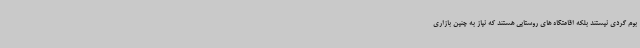
بوم گردی نیستند بلکه اقامتگاه های روستایی هستند که نیاز به چنین بازاری